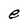
Character: e